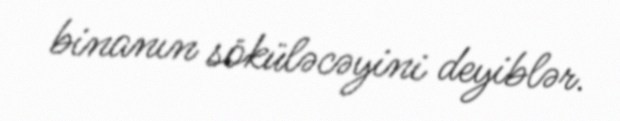
binanın söküləcəyini deyiblər.